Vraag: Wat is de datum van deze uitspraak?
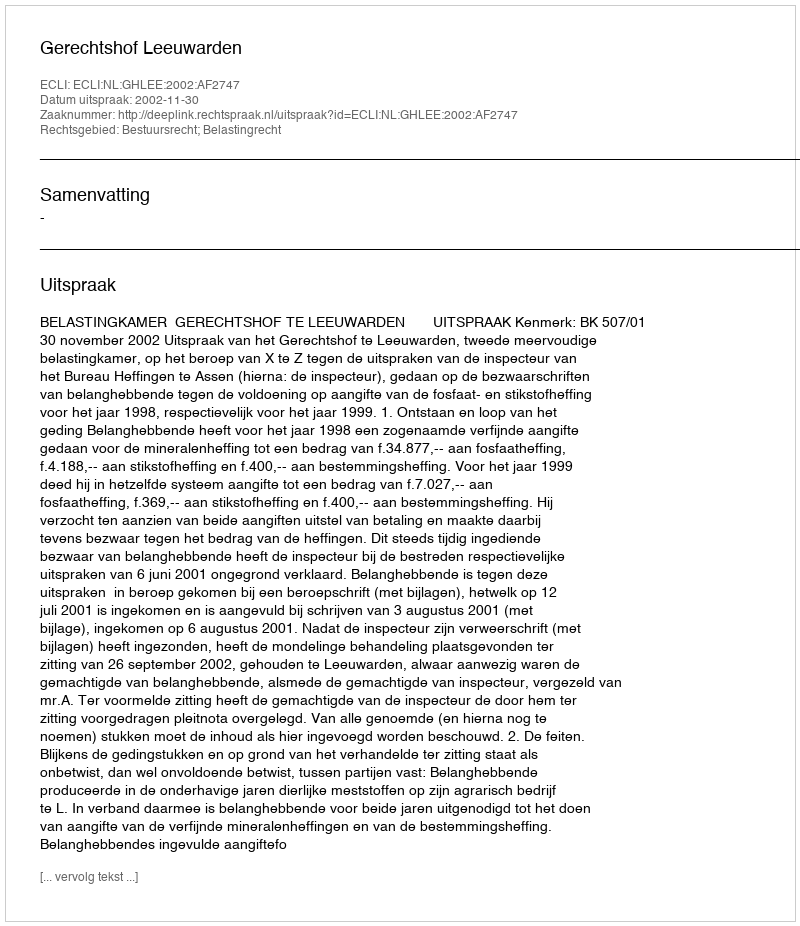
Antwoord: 2002-11-30